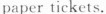
paper tickets.